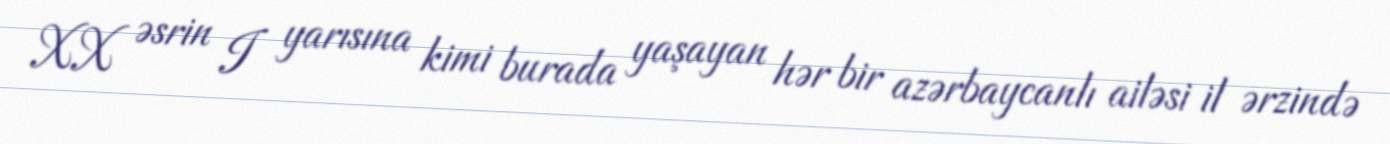
XX əsrin I yarısına kimi burada yaşayan hər bir azərbaycanlı ailəsi il ərzində